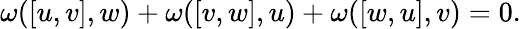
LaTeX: \omega([u,v],w)+\omega([v,w],u)+\omega([w,u],v)=0.